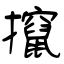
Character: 攛